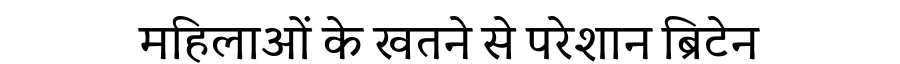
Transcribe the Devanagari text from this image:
महिलाओं के खतने से परेशान ब्रिटेन